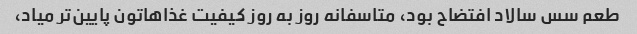
طعم سس سالاد افتضاح بود، متاسفانه روز به روز کیفیت غذاهاتون پایین‌تر میاد،